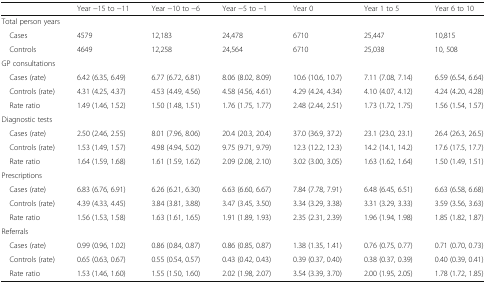
<table><thead><tr><td></td><td><b>Year −15 to −11</b></td><td><b>Year −10 to −6</b></td><td><b>Year −5 to −1</b></td><td><b>Year 0</b></td><td><b>Year 1 to 5</b></td><td><b>Year 6 to 10</b></td></tr></thead><tbody><tr><td colspan="7">Total person years</td></tr><tr><td> Cases</td><td>4579</td><td>12,183</td><td>24,478</td><td>6710</td><td>25,447</td><td>10,815</td></tr><tr><td> Controls</td><td>4649</td><td>12,258</td><td>24,564</td><td>6710</td><td>25,038</td><td>10, 508</td></tr><tr><td colspan="7">GP consultations</td></tr><tr><td> Cases (rate)</td><td>6.42 (6.35, 6.49)</td><td>6.77 (6.72, 6.81)</td><td>8.06 (8.02, 8.09)</td><td>10.6 (10.6, 10.7)</td><td>7.11 (7.08, 7.14)</td><td>6.59 (6.54, 6.64)</td></tr><tr><td> Controls (rate)</td><td>4.31 (4.25, 4.37)</td><td>4.53 (4.49, 4.56)</td><td>4.58 (4.56, 4.61)</td><td>4.29 (4.24, 4.34)</td><td>4.10 (4.07, 4.12)</td><td>4.24 (4.20, 4.28)</td></tr><tr><td> Rate ratio</td><td>1.49 (1.46, 1.52)</td><td>1.50 (1.48, 1.51)</td><td>1.76 (1.75, 1.77)</td><td>2.48 (2.44, 2.51)</td><td>1.73 (1.72, 1.75)</td><td>1.56 (1.54, 1.57)</td></tr><tr><td colspan="7">Diagnostic tests</td></tr><tr><td> Cases (rate)</td><td>2.50 (2.46, 2.55)</td><td>8.01 (7.96, 8.06)</td><td>20.4 (20.3, 20.4)</td><td>37.0 (36.9, 37.2)</td><td>23.1 (23.0, 23.1)</td><td>26.4 (26.3, 26.5)</td></tr><tr><td> Controls (rate)</td><td>1.53 (1.49, 1.57)</td><td>4.98 (4.94, 5.02)</td><td>9.75 (9.71, 9.79)</td><td>12.3 (12.2, 12.3)</td><td>14.2 (14.1, 14.2)</td><td>17.6 (17.5, 17.7)</td></tr><tr><td> Rate ratio</td><td>1.64 (1.59, 1.68)</td><td>1.61 (1.59, 1.62)</td><td>2.09 (2.08, 2.10)</td><td>3.02 (3.00, 3.05)</td><td>1.63 (1.62, 1.64)</td><td>1.50 (1.49, 1.51)</td></tr><tr><td colspan="7">Prescriptions</td></tr><tr><td> Cases (rate)</td><td>6.83 (6.76, 6.91)</td><td>6.26 (6.21, 6.30)</td><td>6.63 (6.60, 6.67)</td><td>7.84 (7.78, 7.91)</td><td>6.48 (6.45, 6.51)</td><td>6.63 (6.58, 6.68)</td></tr><tr><td> Controls (rate)</td><td>4.39 (4.33, 4.45)</td><td>3.84 (3.81, 3.88)</td><td>3.47 (3.45, 3.50)</td><td>3.34 (3.29, 3.38)</td><td>3.31 (3.29, 3.33)</td><td>3.59 (3.56, 3.63)</td></tr><tr><td> Rate ratio</td><td>1.56 (1.53, 1.58)</td><td>1.63 (1.61, 1.65)</td><td>1.91 (1.89, 1.93)</td><td>2.35 (2.31, 2.39)</td><td>1.96 (1.94, 1.98)</td><td>1.85 (1.82, 1.87)</td></tr><tr><td colspan="7">Referrals</td></tr><tr><td> Cases (rate)</td><td>0.99 (0.96, 1.02)</td><td>0.86 (0.84, 0.87)</td><td>0.86 (0.85, 0.87)</td><td>1.38 (1.35, 1.41)</td><td>0.76 (0.75, 0.77)</td><td>0.71 (0.70, 0.73)</td></tr><tr><td> Controls (rate)</td><td>0.65 (0.63, 0.67)</td><td>0.55 (0.54, 0.57)</td><td>0.43 (0.42, 0.43)</td><td>0.39 (0.37, 0.40)</td><td>0.38 (0.37, 0.39)</td><td>0.40 (0.39, 0.41)</td></tr><tr><td> Rate ratio</td><td>1.53 (1.46, 1.60)</td><td>1.55 (1.50, 1.60)</td><td>2.02 (1.98, 2.07)</td><td>3.54 (3.39, 3.70)</td><td>2.00 (1.95, 2.05)</td><td>1.78 (1.72, 1.85)</td></tr></tbody></table>